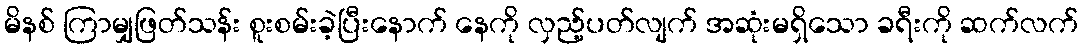
မိနစ် ကြာမျှဖြတ်သန်း စူးစမ်းခဲ့ပြီးနောက် နေကို လှည့်ပတ်လျက် အဆုံးမရှိသော ခရီးကို ဆက်လက်